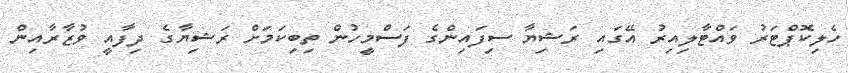
ހެލިކޮޕްޓަރު ވައްޓާލިއިރު އޭގައި ރަޝިޔާ ސިފައިންގެ ފަސްމީހުން ތިބިކަމަށް ރަޝިޔާގެ ދިފާއީ ވުޒާރާއިން